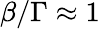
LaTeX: \beta/\Gamma\approx 1